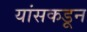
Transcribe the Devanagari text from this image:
यांसकडून